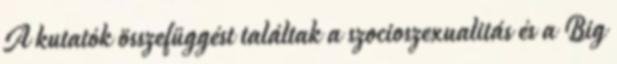
A kutatók összefüggést találtak a szocioszexualitás és a Big